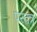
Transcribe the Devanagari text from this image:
परंतंत्र